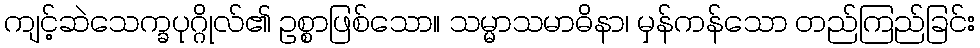
ကျင့်ဆဲသေက္ခပုဂ္ဂိုလ်၏ ဥစ္စာဖြစ်သော။ သမ္မာသမာဓိနာ၊ မှန်ကန်သော တည်ကြည်ခြင်း